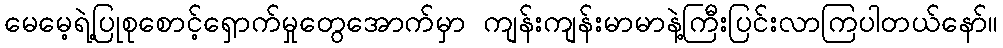
မေမေ့ရဲ့ပြုစုစောင့်ရှောက်မှုတွေအောက်မှာ ကျန်းကျန်းမာမာနဲ့ကြီးပြင်းလာကြပါတယ်နော်။